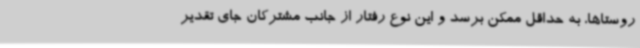
روستاها، به حداقل ممکن برسد و این نوع رفتار از جانب مشترکان جای تقدیر